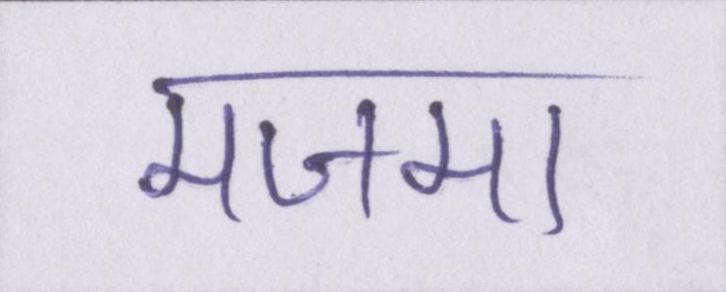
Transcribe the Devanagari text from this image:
मजमा